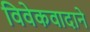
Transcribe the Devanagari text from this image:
विवेकवादाने